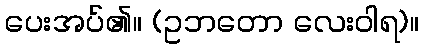
ပေးအပ်၏။ (ဥဘတော လေးဝါရ)။